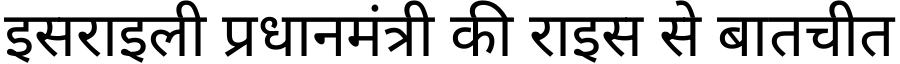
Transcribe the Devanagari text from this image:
इसराइली प्रधानमंत्री की राइस से बातचीत